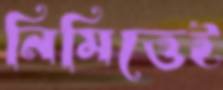
নিমিত্তেই